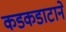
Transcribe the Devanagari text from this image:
कडकडाटाने